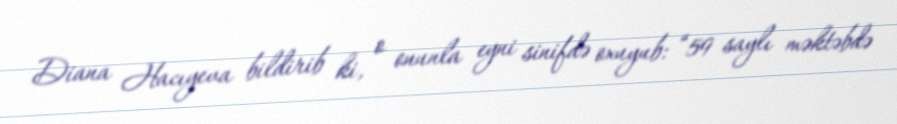
Diana Hacıyeva bildirib ki, o onunla eyni sinifdə oxuyub: “59 saylı məktəbdə